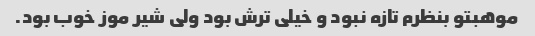
موهبتو بنظرم تازه نبود و خیلی ترش بود ولی شیر موز خوب بود.